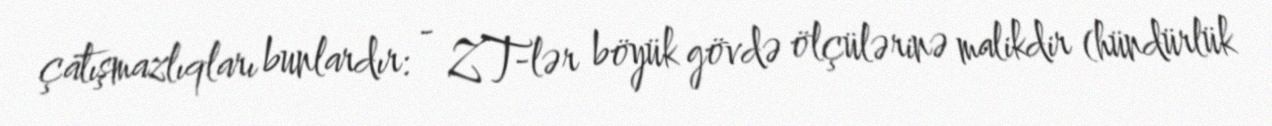
çatışmazlıqları bunlardır: - ZT-lər böyük gövdə ölçülərinə malikdir (hündürlük